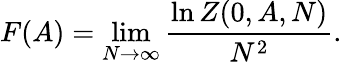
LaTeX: F(A)=\operatorname*{lim}_{N\rightarrow\infty}\frac{\ln Z(0,A,N)}{N^{2}}.